Report of the Indian Hemp Drugs Commission, 1894-1895 - Volume VII
Year: 1894
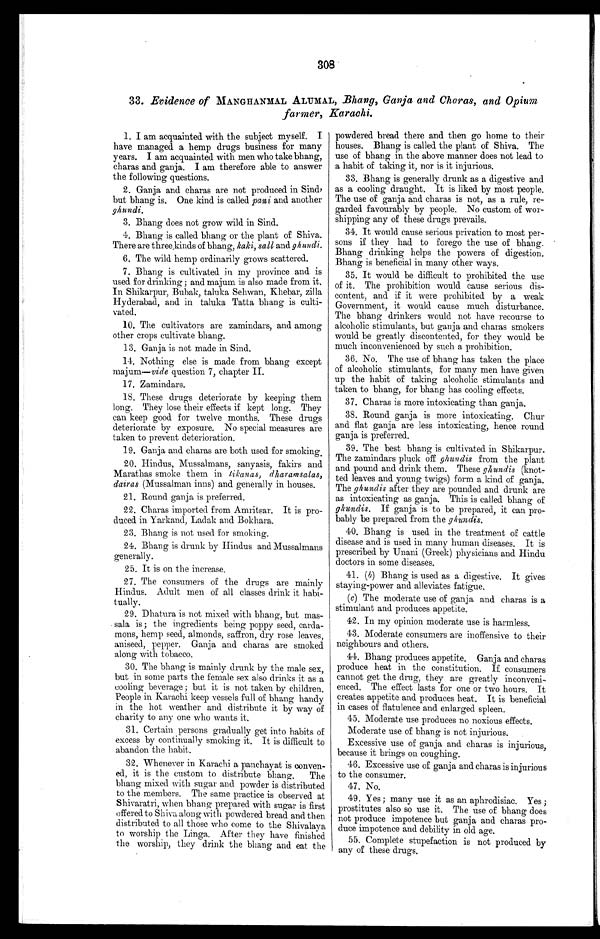
308
33. Evidence of MANGHANMAL ALUMAL, Bhang, Ganja and Charas, and Opium
farmer, Karachi.
tii
1. I am acquainted with the subject myself. I
have managed a hemp drugs business for many
years. I am acquainted with men who take bhang,
charas and ganja. I am therefore able to answer
the following questions.
2. Ganja and charas are not produced in Sind,
but bhang is. One kind is called pani and another
ghundi.
3. Bhang does not grow wild in Sind.
4. Bhang, is called bhang or the plant of Shiva.
There are three kinds of bhang, kaki, sall and ghundi.
6. The wild hemp ordinarily grows scattered.
7. Bhang is cultivated in my province and is
used for drinking; and majum is also made from it.
In Shikarpur, Bubak, taluka Sehwan, Khebar, zilla
Hyderabad, and in taluka Tatta bhang is culti-
vated.
10. The cultivators are zamindars, and among
other crops cultivate bhang.
13. Ganja is not made in Sind.
14. Nothing else is made from bhang except
majum-- vide question 7, chapter II.
17. Zamindars.
18. These drugs deteriorate by keeping them
long. They lose their effects if kept long. They
can keep good for twelve months. These drugs
deteriorate by exposure. No special measures are
taken to prevent deterioration.
19. Ganja and charas are both used for smoking.
20. Hindus, Mussalmans, sanyasis, fakirs and
Marathas smoke them in tikanas, dharamsalas,
dairas (Mussalman inns) and generally in houses.
21. Round ganja is preferred.
22. Charas imported from Amritsar. It is pro-
duced in Yarkand, Ladak and Bokhara.
23. Bhang is not used for smoking.
24. Bhang is drunk by Hindus and Mussalmans
generally.
25. It is on the increase.
27. The consumers of the drugs are mainly
Hindus. Adult men of all classes drink it habi-
tually.
29. Dhatura is not mixed with bhang, but mas
- sala is ; the ingredients being poppy seed, carda-
mons, hemp seed, almonds, saffron, dry rose leaves,
aniseed, pepper. Ganja and charas are smoked
along with tobacco.
30. The bhang is mainly drunk by the male sex,
but in some parts the female sex also drinks it as a
cooling beverage ; but it is not taken by children.
People in Karachi keep vessels full of bhang handy
in the hot weather and distribute it by way of
charity to any one who wants it.
31. Certain persons gradually get into habits of
excess by continually smoking it. It is difficult to
abandon the habit.
32. Whenever in Karachi a panchayat is conven-
e d i t i s t h e c u s t o m t o d i s t r i b u t e b h a n g . T h e
bhang mixed with sugar and powder is distributed
to the members. The same practice is observed at
Shivaratri, when bhang prepared with sugar is first
offered to Shiva along with powdered bread and then
distributed to all those who come to the Shivalaya
to worship the Linga. After they have finished
the worship, they drink the bhang and eat the
powdered bread there and then go home to their
houses. Bhang is called the plant of Shiva. The
use of bhang in the above manner does not lead to
a habit of taking it, nor is it injurious.
33. Bhang is generally drunk as a digestive and
as a cooling draught. It is liked by most people.
The use of ganja and charas is not, as a rule, re-
garded favourably by people. No custom of wor-
shipping any of these drugs prevails.
34. It would cause serious privation to most per-
sons if they had to forego the use of bhang.
Bhang drinking helps the powers of digestion.
Bhang is beneficial in many other ways.
35. It would be difficult to prohibited the use
of it. The prohibition would cause serious dis-
content, and if it were prohibited by a weak
Government, it would cause much disturbance.
The bhang, drinkers would not have recourse to
alcoholic stimulants, but ganja and charas smokers
would be greatly discontented, for they would be
much inconvenienced by such a prohibition.
36. No. The use of bhang has taken the place
of alcoholic stimulants, for many men have given
up the habit of taking alcoholic stimulants and
taken to bhang, for bhang has cooling effects.
37. Charas is more intoxicating than ganja.
38. Round ganja is more intoxicating. Chur
and flat ganja are less intoxicating, hence round
ganja is preferred.
39. The best bhang is cultivated in Shikarpur.
The zamindars pluck off ghundis from the plant
and pound and drink them. These ghundis (knot-
ted leaves and young twigs) form a kind of ganja.
The ghundis after they are pounded and drunk are
as intoxicating as ganja. This is called bhang of
ghundis. If ganja is to be prepared, it can pro-
bably be prepared from the ghundis.
40. Bhang is used in the treatment of cattle
disease and is used in many human diseases. It is
prescribed by Unani (Greek) physicians and Hindu
doctors in some diseases.
41.
(b)
Bhang is used as a digestive. It gives
staying-power and alleviates fatigue.
(c) The moderate use of ganja and charas is a
stimulant and produces appetite.
42. In my opinion moderate use is harmless.
43. Moderate consumers are inoffensive to their
neighbours and others.
44. Bhang produces appetite. Ganja and charas
produce heat in the constitution. If consumers
cannot get the drug, they are greatly inconveni-
enced. The effect lasts for one or two hours. It
creates appetite and produces heat. It is beneficial
in cases of flatulence and enlarged spleen.
45. Moderate use produces no noxious effects.
Moderate use of bhang is not injurious.
Excessive use of ganja and charas is injurious,
because it brings on coughing.
46. Excessive use of ganja and charas is injurious
to the consumer.
47. No.
49. Yes ; many use it as an aphrodisiac. Yes ;
prostitutes also so use it. The use of bhang does
not produce impotence but ganja and charas pro-
duce impotence and debility in old age.
55. Complete stupefaction is not produced by
any of these drugs.